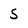
Character: S